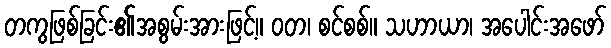
တကွဖြစ်ခြင်း၏အစွမ်းအားဖြင့်။ ဝတ၊ စင်စစ်။ သဟာယာ၊ အပေါင်းအဖော်